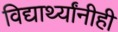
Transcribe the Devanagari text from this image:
विद्यार्थ्यांनीही